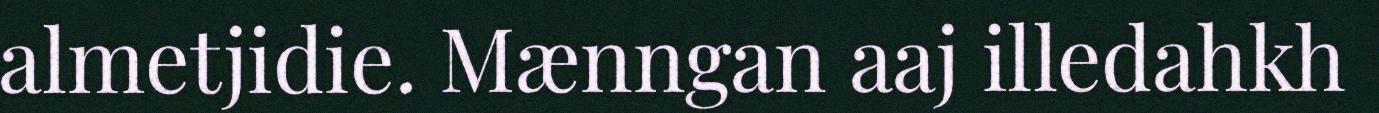
almetjidie. Mænngan aaj illedahkh